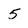
Character: 5